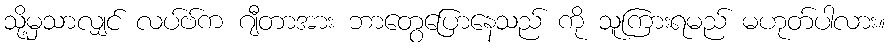
သို့မှသာလျှင် လပ်ဗ်က ဂျီတာအား ဘာတွေပြောနေသည် ကို သူကြားရမည် မဟုတ်ပါလား။